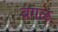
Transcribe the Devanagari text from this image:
बगळ